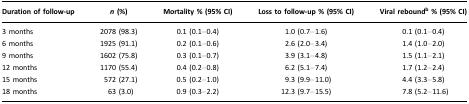
| Duration of follow-up | n (%) | Mortality % (95% CI) | Loss to follow-up % (95% CI) | Viral reboundb % (95% CI) |
 | --- | --- | --- | --- | --- |
 | 3 months | 2078 (98.3) | 0.1 (0.1–0.4) | 1.0 (0.7–1.6) | 0.1 (0.1–0.4) |
 | 6 months | 1925 (91.1) | 0.2 (0.1–0.6) | 2.6 (2.0–3.4) | 1.4 (1.0–2.0) |
 | 9 months | 1602 (75.8) | 0.3 (0.1–0.7) | 3.9 (3.1–4.8) | 1.5 (1.1–2.1) |
 | 12 months | 1170 (55.4) | 0.4 (0.2–0.8) | 6.2 (5.1–7.4) | 1.7 (1.2–2.4) |
 | 15 months | 572 (27.1) | 0.5 (0.2–1.0) | 9.3 (9.9–11.0) | 4.4 (3.3–5.8) |
 | 18 months | 63 (3.0) | 0.9 (0.3–2.2) | 12.3 (9.7–15.5) | 7.8 (5.2–11.6) |